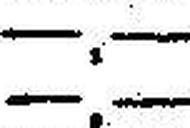
—.—